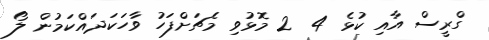
ގްރީސް އާއި ކުޅެ 4  2 މޮޅުވި މެޗަށްފަހު ވާހަކަދައްކަމުން ލޯ